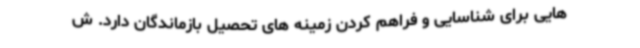
هایی برای شناسایی و فراهم کردن زمینه های تحصیل بازماندگان دارد. ش